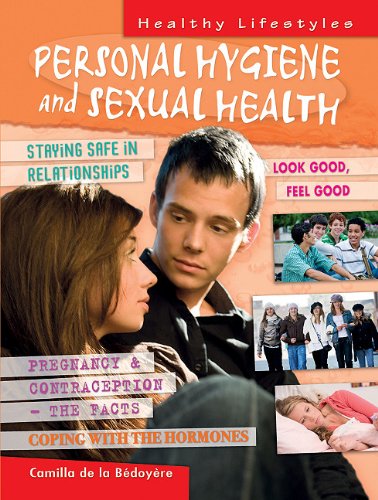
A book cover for Personal Hygiene and Sexual Health (Healthy Lifestyles); Camilla de la Bedoyere; Teen & Young Adult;